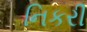
નિકરી